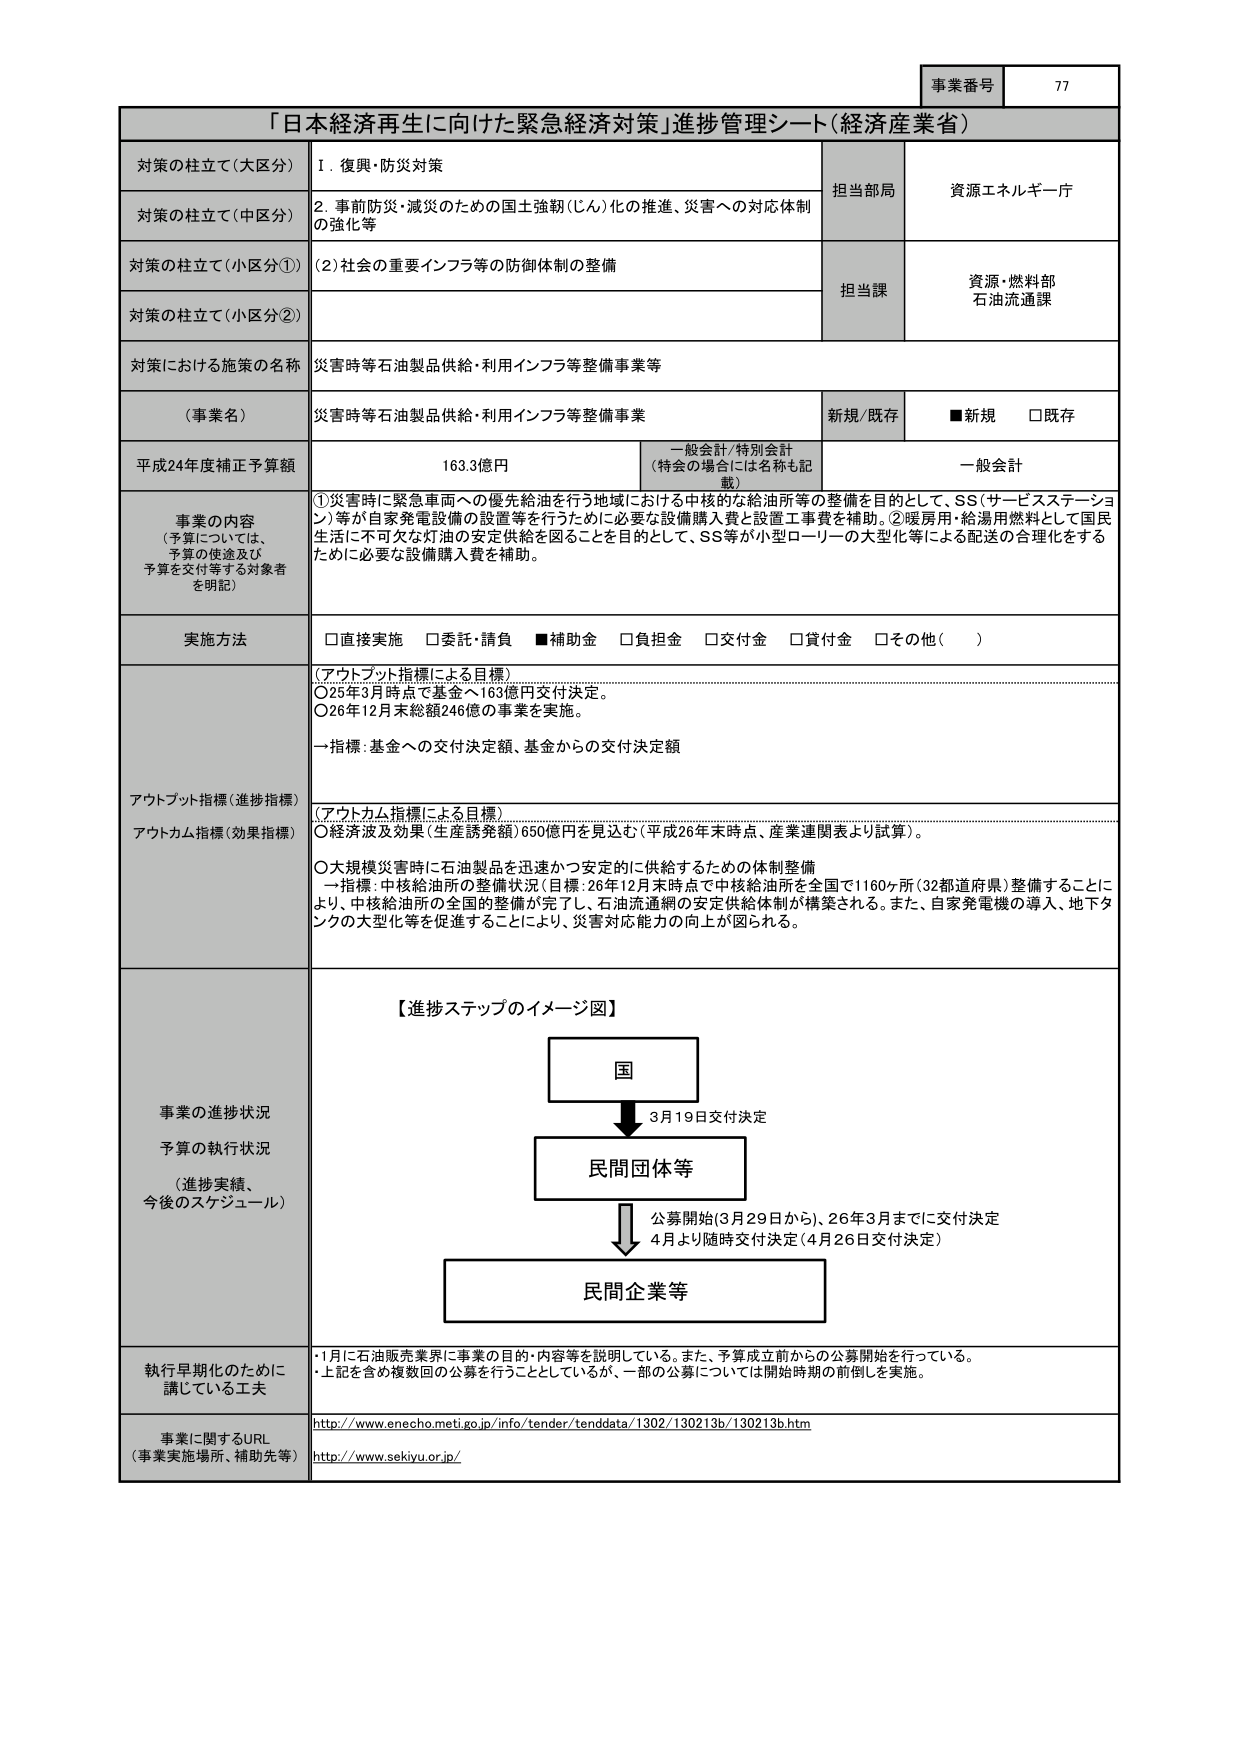
事業番号 77

「日本経済再生に向けた緊急経済対策」進捗管理シート（経済産業省）

対策の柱立て（大区分） Ⅰ．復興・防災対策
対策の柱立て（中区分） 2．事前防災・減災のための国土強靭（じん）化の推進、災害への対応体制の強化等
対策の柱立て（小区分①） （2）社会の重要インフラ等の防御体制の整備
対策の柱立て（小区分②）

担当部局 資源エネルギー庁
担当課 資源・燃料部 石油流通課

対策における施策の名称 災害時等石油製品供給・利用インフラ等整備事業等

（事業名） 災害時等石油製品供給・利用インフラ等整備事業 新規/既存 ■新規 □既存

平成24年度補正予算額 163.3億円 一般会計/特別会計 （特会の場合には名称も記載） 一般会計

事業の内容 （予算については、予算の使途及び予算を交付等する対象者を明記） ①災害時に緊急車両への優先給油を行う地域における中核的な給油所等の整備を目的として、SS（サービスステーション）等が自家発電設備の設置等を行うために必要な設備購入費と設置工事費を補助。②暖房用・給湯用燃料として国民生活に不可欠な灯油の安定供給を図ることを目的として、SS等が小型ローリーの大型化等による配送の合理化をするために必要な設備購入費を補助。

実施方法 □直接実施 □委託・請負 ■補助金 □負担金 □交付金 □貸付金 □その他（　　）

アウトプット指標（進捗指標） （アウトプット指標による目標） ○25年3月時点で基金へ163億円交付決定。 ○26年12月末総額246億の事業を実施。 →指標：基金への交付決定額、基金からの交付決定額

アウトカム指標（効果指標） （アウトカム指標による目標） ○経済波及効果（生産誘発額）650億円を見込む（平成26年末時点、産業連関表より試算）。 ○大規模災害時に石油製品を迅速かつ安定的に供給するための体制整備 →指標：中核給油所の整備状況（目標：26年12月末時点で中核給油所を全国で1160ヶ所（32都道府県）整備することにより、中核給油所の全国的整備が完了し、石油流通網の安定供給体制が構築される。また、自家発電機の導入、地下タンクの大型化等を促進することにより、災害対応能力の向上が図られる。

事業の進捗状況 予算の執行状況 （進捗実績、今後のスケジュール） 【進捗ステップのイメージ図】 国 → 3月19日交付決定 → 民間団体等 → 公募開始（3月29日から）、26年3月までに交付決定 4月より随時交付決定（4月26日交付決定） → 民間企業等

執行早期化のために講じている工夫 ・1月に石油販売業界に事業の目的・内容等を説明している。また、予算成立前からの公募開始を行っている。 ・上記を含め複数回の公募を行うこととしているが、一部の公募については開始時期の前倒しを実施。

事業に関するURL （事業実施場所、補助先等） http://www.enecho.meti.go.jp/info/tender/tenddata/1302/130213b/130213b.htm http://www.sekiyu.or.jp/